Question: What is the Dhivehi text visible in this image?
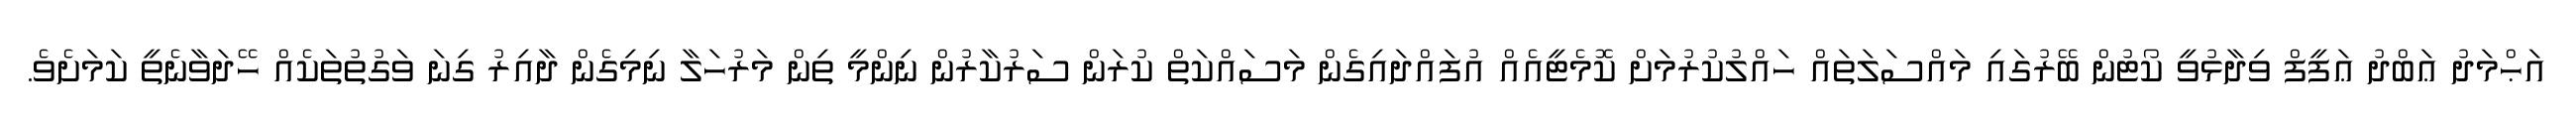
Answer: އަޙްމަދު ޢަބްދު ޢަފީފް ވިދާޅުވީ ކޯޓުން ބޭރުގައި މައްސަލަތައް ހައްލުކުރުމަށް ކޮމެޓީއެއް އުފައްދައިގެން މަސައްކަތް ކުރަން ސަރުކާރުން ނިންމީ ތިން މަރުހަލާ ނިމިގެން ދާއިރު ގިނަ ވަގުތުތަކެއް ހޭދަވާނެތީ ކަމަށެވެ.